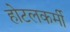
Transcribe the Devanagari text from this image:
होटलकर्मी